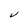
Character: V